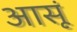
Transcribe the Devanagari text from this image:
आसूं